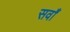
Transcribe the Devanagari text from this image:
सवाँ